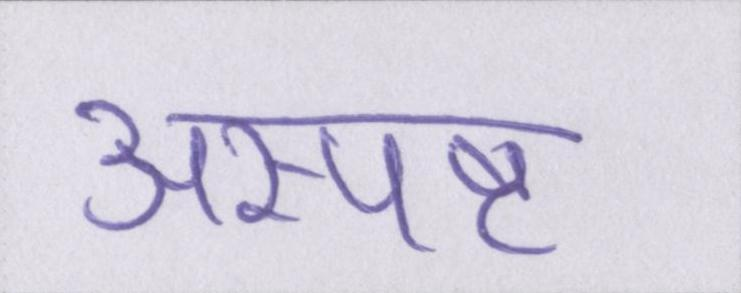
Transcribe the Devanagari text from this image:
अस्पष्ट